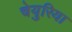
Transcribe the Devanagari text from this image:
चेयुरिया